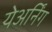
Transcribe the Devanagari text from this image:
येअर्निंग